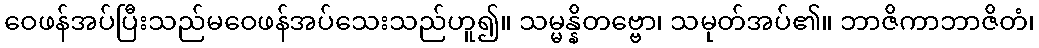
ဝေဖန်အပ်ပြီးသည်မဝေဖန်အပ်သေးသည်ဟူ၍။ သမ္မန္နိတဗ္ဗော၊ သမုတ်အပ်၏။ ဘာဇိကာဘာဇိတံ၊